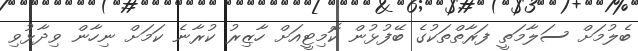
ބެލުމަށް ސަލާމަތީ ފަރާތްތަކުގެ ބޭފުޅުން ކޮމިޓީއަށް ހާޒިރު ކުރާނެ ކަމަށް ނިހާން ވިދާޅުވި